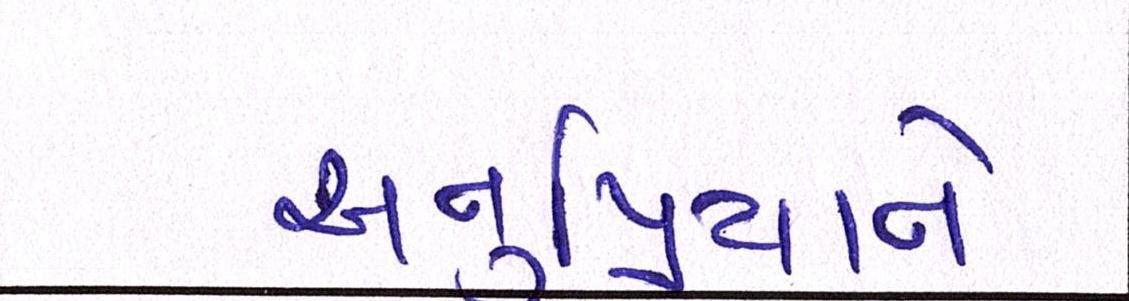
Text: અનુપ્રિયાને